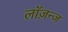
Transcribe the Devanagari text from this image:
लॉज़न्ज